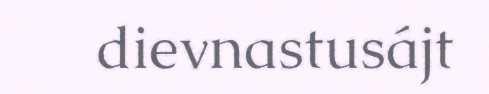
dievnastusájt